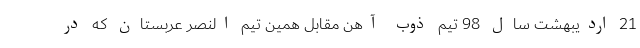
21 اردیبهشت سال 98 تیم ذوب ‌آهن مقابل همین تیم النصر عربستان که در